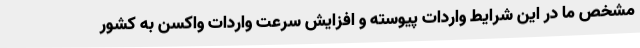
مشخص ما در این شرایط واردات پیوسته و افزایش سرعت واردات واکسن به کشور